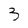
Character: 3